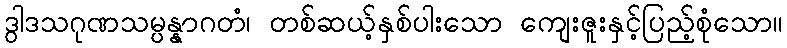
ဒွါဒသဂုဏသမ္ပန္နာဂတံ၊ တစ်ဆယ့်နှစ်ပါးသော ကျေးဇူးနှင့်ပြည့်စုံသော။